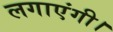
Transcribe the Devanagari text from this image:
लगाएंगी।